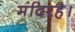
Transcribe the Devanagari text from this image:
मंदिरहै।